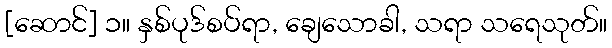
[ဆောင်] ၁။ နှစ်ပုဒ်စပ်ရာ, ချေသောခါ, သရာ သရေသုတ်။